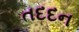
તદદન